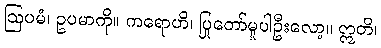
ဩပမံ၊ ဥပမာကို။ ကရောဟိ၊ ပြုတော်မူပါဦးလော့။ ဣတိ၊